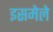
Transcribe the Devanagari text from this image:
इसमेले